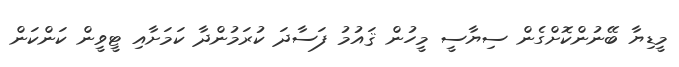
މީޑިޔާ ބޭނުންކޮށްގެން ސިޔާސީ މީހުން ޤައުމު ފަސާދަ ކުރަމުންދާ ކަމަށާއި ޓީވީން ކަންކަން